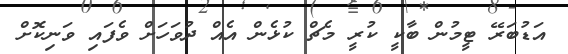
އަޑުބަރޭ ޓީމުން ބާކީ ކުރީ މެޗް ކުޅެން އެއް ދުވަހަށް ވެފައި ވަނިކޮށް